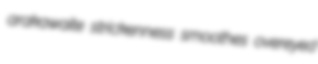
arakawaite strickenness smoothes overeyed